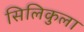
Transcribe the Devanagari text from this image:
सिलिकुला